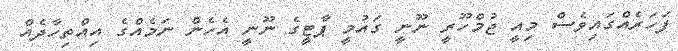
ފަހަރެއްގައިވެސް މިއީ ޖުމްހޫރީ ނޫނީ ގައުމީ ޕާޓީގެ ނޫނީ އެހެން ނަމެއްގެ އިއްތިހާދެއް